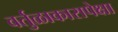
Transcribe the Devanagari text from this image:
वर्तुळाकारापेक्षा